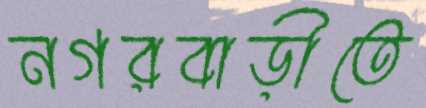
নগরবাড়ীতে